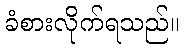
ခံစားလိုက်ရသည်။